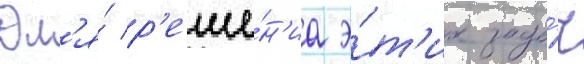
Дл'я́ р'еше́н'иа э́т'их зада́ч